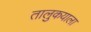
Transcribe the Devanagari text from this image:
तालुकयाला